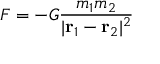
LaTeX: F = - G { \frac { m _ { 1 } m _ { 2 } } { | \mathbf { r } _ { 1 } - \mathbf { r } _ { 2 } | ^ { 2 } } }